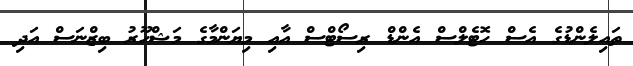
ތައިލެންޑުގެ އެސް ހޮޓެލްސް އެންޑް ރިސޯޓްސް އާއި މިޔަންމާގެ މަޝްހޫރު ބިޒްނަސް އަދި